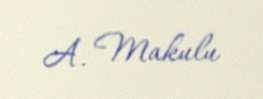
A. Makulu